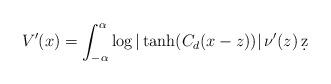
LaTeX: \begin{align*}V'(x) =\int_{-\alpha}^{\alpha} \log |\tanh(C_{d}(x-z))|\, \nu'(z)\, \d z\end{align*}